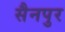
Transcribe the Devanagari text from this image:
सैनपुर